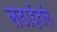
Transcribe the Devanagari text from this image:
लढाईतले